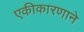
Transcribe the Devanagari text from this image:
एकीकारणाने